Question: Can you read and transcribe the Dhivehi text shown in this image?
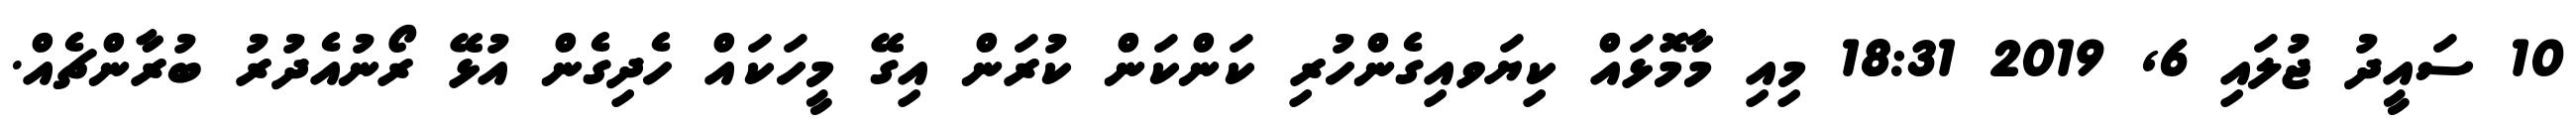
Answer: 10 ސައީދު ޖުލައި 6, 2019 18:31 މިއި މާމޮޅައް ކިޔަވއިގެންހުރި ކަންކަން ކުރަން އިގޭ މީހަކައް ހެދިގެން އުޅޭ ރޯނުއެދުރު ބުރާންޗެއް.